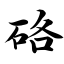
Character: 硌